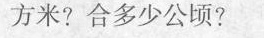
方米?合多少公顷?